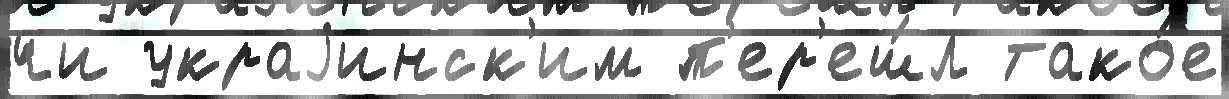
чи украjинск'им п'ер'еш́л тако́е